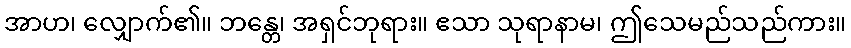
အာဟ၊ လျှောက်၏။ ဘန္တေ၊ အရှင်ဘုရား။ ဧသာ သုရာနာမ၊ ဤသေမည်သည်ကား။